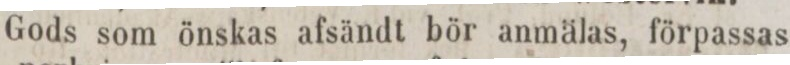
Gods som önskas afsändt bör anmälas, förpassas